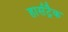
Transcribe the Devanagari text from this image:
हार्सट्रैक